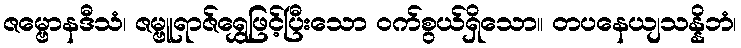
ဇမ္ဗောနဒီသံ၊ ဇမ္ဗူရာဇ်ရွှေဖြင့်ပြီးသော ဝက်စွယ်ရှိသော။ တပနေယျသန္နိဘံ၊